Sketch of the medical history of the native army of Bombay, for the year
Year: 1872
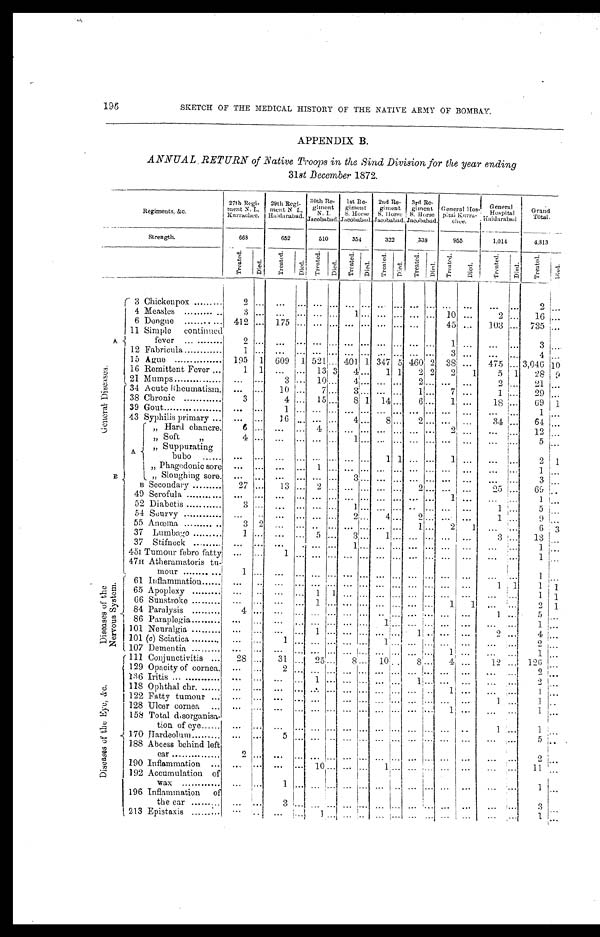
196
SKETCH OF THE MEDICAL HISTORY OF THE NATIVE ARMY OF BOMBAY.
APPENDIX B.
ANNUAL RETURN of Native Troops in the Sind Division, for the year ending
31st December 1872.
R e g i m e n t s , & c .
27th Regi-
ment N. I . . , Kur r achee.
29th Regi-
ment N. I., Haidarabad. 30t h Re - gi me nt N. I . , J a c oba ba d.
1st Re -
giment
S. Hor se Jacobabad.
2nd Re- gi ment S. Hor se 3 r d R e - g i me n t S . H o r s e J a c o b a b a d .
General Hos-pi t al Kurrachee.
General
Hospi t al Hardarabad. Grand
Total.
Strength.
668
652
510
354
322
3 3 8
955
1,014
4 , 8 1 3
Treated.
Di ed.
Tr e a t e d.
D i e d .
Tr e a t e d. Di e d . Tr e a t e d .
Died.
Tr e a t e d.
Di ed.
Tr eat ed.
Di e d.
Tr e a t e d .
Di ed.
Tr e a t e d. Died.
T r e a t e d . Died.
A
3 Chickenpox
2
... ...
...
...
......
... ...
... ... ...
... ...
. . . ...
2 ...
4 Measles
3 ...
. . . ... ...
...1 ... ... ... ... ... 10 ...
2 ...
16 ...
6 Dengue
412 . . .
175 ... ...
...... ... ... ... ... ... 45 ...
103 ...
735 ...
11 Simple continued.
fever
2
... ...
... ...
...... ... ...
... ... ...
1 ...
. . . ...
3 ...
12 Fabricula
1 ... ...
... ...
...... ... ... ... ... ...
3 ...
. . . ...
4 ...
15 Ague
195 1 609 1 521 ... 401 1 347 5 460 2 38 ...
475 ... 3,046 10
16 Remittent Fever
1 1
. . . ...
13 3
4 ...
1 1
2 2
2
1
5 1
28 9
21 Mumps
. . . ...
3 ...
10...
4 ... ... ... 2
... ... ...
2 ...
21 ...
G e n e r a l D i s e a s e s . 34 Acute Rheumatism.
. . . ...
10 ... 7 ...
3 ... ... ... 1
...
7 ...
1 ...
29 ...
38 Chronic
3 ...
4 ...
15 ...
8 1
14 ...
6 ...
1 ...
18 ...
69
1
39 Gout
...
... 1
... ... ... ... ... ... ... ... ... ... ...
. . . ...
1 ...
43 Syphilis primary
. . . ... 16
... ... ...
4 ...
8 ...
2 ... ... ...
34 ...
64 ...
" Hard chancre. 6
... ...
... 4 ... ... ... ... ... ... ...
2 ...
. . . ...
12 ...
" Soft "
4
... ...
... ... ...
1 ... ... ... ... ... ... ...
... ...
5 ...
A
" Suppurating
bubo
. . . ... ... ... ... ... ... ...
1 1 ...
...
1 ...
...
...
2 1
" Phagedonic sore
... ... ... ...
1
... ... ... ... ... ... ... ...
... ...
...
1 ...
" Sloughing sore. ... ... ... ... ... ... 3 ... ... ... ... ... ... ... ...
...
3 ...
B
B Secondary
27 ... 13
... 2 ... ... ... ... ...
2 ... ... ... 25
. . . 69 ...
49 Scrofula
... ...
. . . ... ... ... ... ... ... ... ... ...
1 ...
...
...
1 ...
52 Diabetis
3 ...
... ... ... ... 1 ... ... ... ... ... ... ...
1 ...
5 ...
54 Scurvy
... ...
... ... ... ... 2 ... 4
...
2 ... ... ...
1 ...
9 ...
55 Anœma
3 2
... ... ... ... ... ... ... ...
1...
2 1
...
...
6 3
37 Lumbago
1
... ...
... ... 5
... 3
...1 ... ...
... ...
3 ...
13 ...
37 Stifneck
... ... ...
... ... 1 ... ... ... ... ... ... ... ... ...
... 1
...
45I Tumour febro fatty ... ...
1 . . .
... ... ...
. . .
... ... ... ...
... ... ...
...
1 ...
47H Atheramatoris tu-
mour
1 ...
...
. . .
...
... ... ...
...
... ...
... ... ...
. . . ...
1
...
D i s e a s e s o f t h e N e r v o u s S y s t e m .
61 Inflammation
... ...
... ... ... ... ... ... ... ... ... ... ... ...
1 1
1 1
65 Apoplexy
... ...
... ... 1 1 ... ...
... ... ... ... ...
...
... ...
1 1
66 Sunstroke
... ... ...
... 1 ... ... ...
... ... . . . . . . 1
1 ... ... 2
1
84 Paralysis
4
... ...
... ... ... ... ... ... ... ... ... ... ...
1 ...
5 ...
86 Paraplegia
... ...
... ... ... ... ... ... 1
... ... ...
... ...
... ...
1 ...
101 Neuralgia
... ...
... ... 1 ... ... ... ... ... 1
... ...
. . .
2 ...
4 ...
101 (c) Sciatica
... ... 1
... ... ... ... ... 1
... ... ... ... ...
... ... 2
...
107 Dementia
... ...
... ... ... ... ... ...
... ... ... ...
1 ... ...
...
1 ...
D i s e a s e s o f t h e E y e , & c .
111 Conjunctivitis
28 ...
31 ... 25 ... 8 ... 10 ...
8 ... 4
...
12 ... 126 ...
129 Opacity of cornea.
... ...
2 ... ... ... ... ...
... ... ... ...
... ... ...
...
2 ...
136 Iritis
... ...
... ...
1
... ... ...
... ... 1
... ... ... ...
... 2
...
118 Ophthal chr.
... ... ...
...
...... ... ... ... ... ... ...
1 ... ...
...
1 ...
122 Fatty tumour
... ...
... ... ... ... ... ... ... ... ... ... ... ... 1
...
1 ...
128 Ulcer cornea
... ... ...
... ... ... ... ... ... ... ... ... 1
...
...
...
1 ...
158 Total disorganisa-
tion of eye
... ...
... ... ...
... ... . . .
... ... ... ......
...
1 ...
1
...
170
Hardeolum ...
...
5 . . . ... ... ... ...... ... ...
... ... ... ...
...
5 ...
188 Abcess behind left
ear
2 ...
...
...
... . . .
...
. . . ...
... ... ...
...
...
. . .
...
2 ...
190 Inflammation
... ...
... ... 10 ... ... ... 1
... ... ... . . .
... ...
...
11 ...
192 Accumulation of
wax
...
... 1
...
. . .
... ...
... ... ... ... ... ...
...
...
... 1
...
.196 Inflammation of
the ear
...
...
3 ...
. . .
... ... ... ...
... ... ... ... ...
... ...
3 ...
213 Epistaxis
... ...
... ... 1 ... ... ... ... ... ... ... ... ... ...
...
1
...